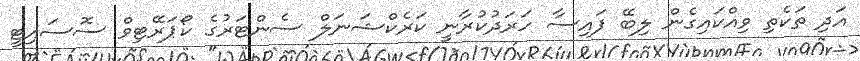
އަދި ތަކެތި ވިއްކަައިގެން ލިބޭ ފައިސާ ހަރަދުކުރާނީ ކަރެކްޝަނަލް ސެންޓަރުގެ ކޯޕަރޭޓިވް ސޮސައިޓީ